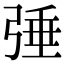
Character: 𢏴